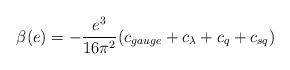
LaTeX: \begin{align*}\beta(e) = -\frac{e^3}{16\pi^2} (c_{gauge}+c_\lambda +c_q+c_{sq})\end{align*}